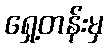
ရှေ့တန်းမှ